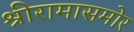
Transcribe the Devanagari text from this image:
श्रीरामासमोर